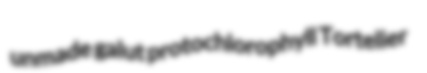
unmade galut protochlorophyll Tortelier